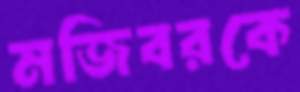
মজিবরকে